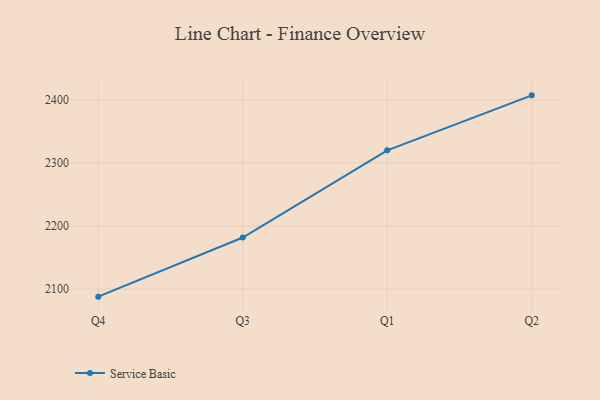
{"axis": {"x": "Quarter", "y": "Bounce Rate (%)"}, "legend": ["Service Basic"], "data": [{"x": "Q4", "y": 2088.0, "type": "Service Basic"}, {"x": "Q3", "y": 2181.7, "type": "Service Basic"}, {"x": "Q1", "y": 2319.8, "type": "Service Basic"}, {"x": "Q2", "y": 2406.9, "type": "Service Basic"}]}